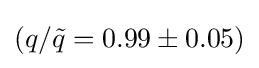
(q/{\tilde {q}}=0.99\pm 0.05)